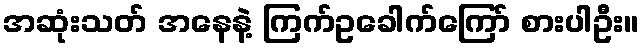
အဆုံးသတ် အနေနဲ့ ကြက်ဥခေါက်ကြော် စားပါဦး။